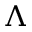
\Lambda